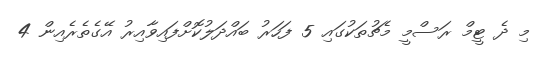
މި ދެ ޓީމް ރަސްމީ މެޗުތަކުގައި 5 ފަހަރު ބައްދަލުކޮށްފައިވާއިރު އޭގެތެރެއިން 4